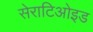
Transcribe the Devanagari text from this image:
सेराटिओइड